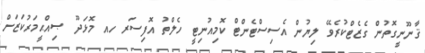
ޤާނޫނީގޮތުން ގެޒެޓްކުރެވޭ ލިޔުން އެސިސްޓެންޓް ކޮމިއުނިޓީ ހެލްތު އޮފިސަރ ހއ މޮޅަދޫ ޞިއްޙީމަރުކަޒަށް